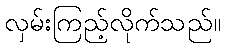
လှမ်းကြည့်လိုက်သည်။